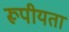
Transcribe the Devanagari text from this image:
रूपीयता